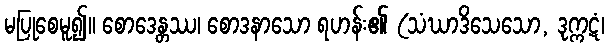
မပြုစေမူ၍။ စောဒေန္တဿ၊ စောဒနာသော ရဟန်း၏ (သံဃာဒိသေသော, ဒုက္ကဋံ၊